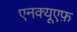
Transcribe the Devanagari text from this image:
एनक्यूएफ़